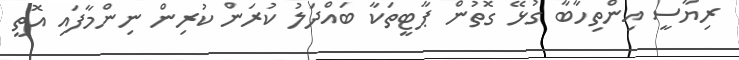
ރިޔާސީ އިންތިހާބާ ގުޅޭ ގޮތުން ޕާޓީތަކާ ބައްދަލު ކުރަން ކުރިން ނިންމާފައި އޮތީ